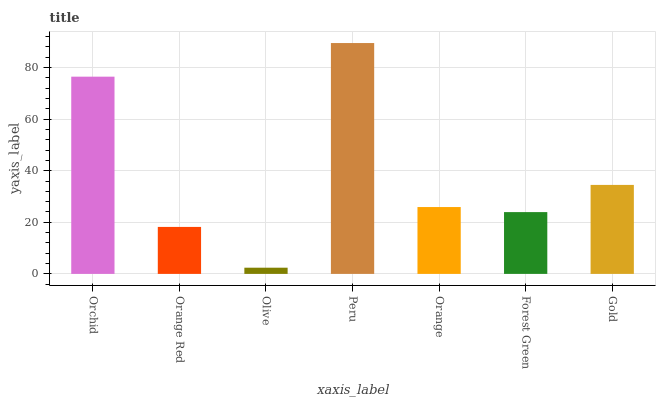
| xaxis_label | bars |
 | --- | --- |
 | Orchid | 76.4 |
 | Orange Red | 18.2 |
 | Olive | 2.4 |
 | Peru | 89.5 |
 | Orange | 25.9 |
 | Forest Green | 23.9 |
 | Gold | 34.5 |